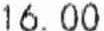
16.00